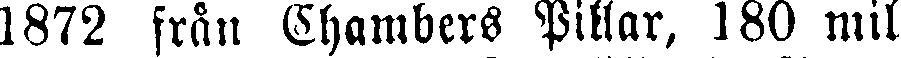
1872 från Chambers Pillar, 180 mil